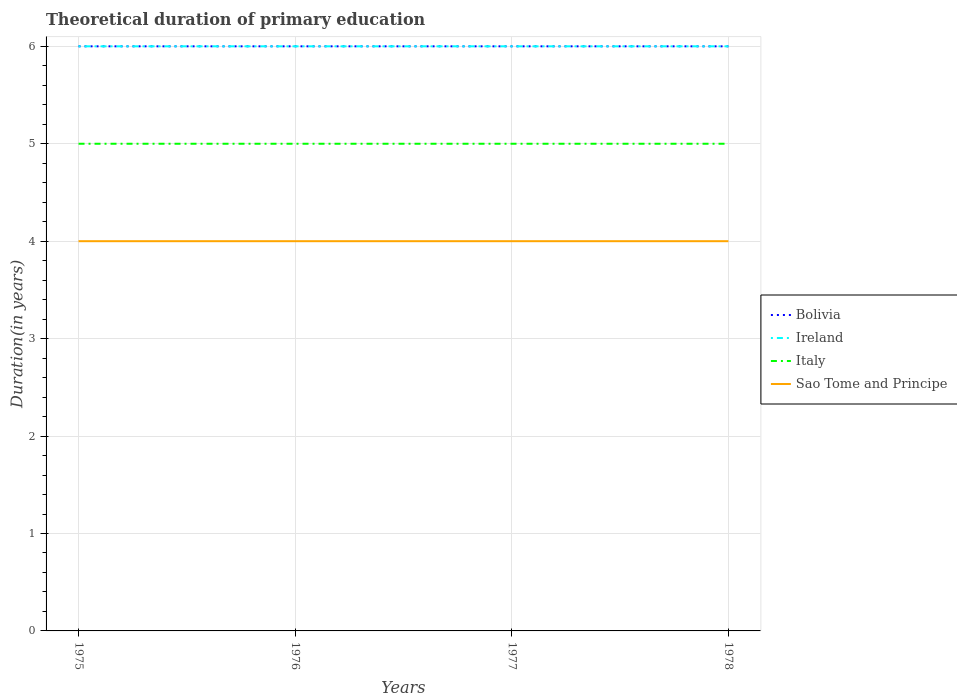
| Years | Bolivia | Ireland | Italy | Sao Tome and Principe |
 | --- | --- | --- | --- | --- |
 | 1975 | 6 | 6 | 5 | 4 |
 | 1976 | 6 | 6 | 5 | 4 |
 | 1977 | 6 | 6 | 5 | 4 |
 | 1978 | 6 | 6 | 5 | 4 |